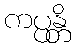
ကပ္ပန္တိ